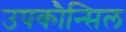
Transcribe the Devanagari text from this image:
उपकौन्सिल